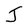
Character: J